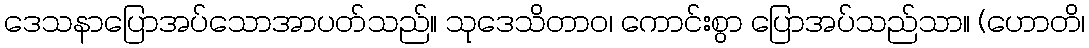
ဒေသနာပြောအပ်သောအာပတ်သည်။ သုဒေသိတာဝ၊ ကောင်းစွာ ပြောအပ်သည်သာ။ (ဟောတိ၊